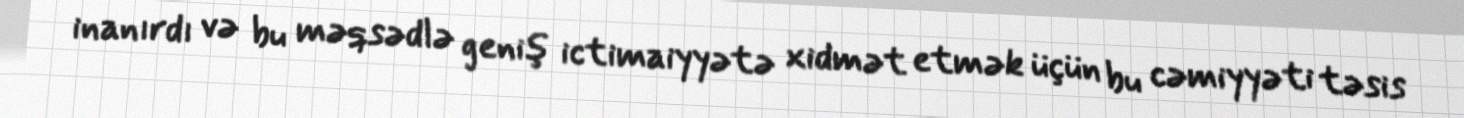
inanırdı və bu məqsədlə geniş ictimaiyyətə xidmət etmək üçün bu cəmiyyəti təsis